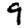
Digit: 9